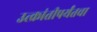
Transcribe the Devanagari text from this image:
उत्क्रांतीपर्यंतचा